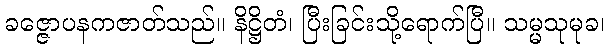
ခဇ္ဇောပနကဇာတ်သည်။ နိဋ္ဌိတံ၊ ပြီးခြင်းသို့ရောက်ပြီ။ သမ္မသုမုခ၊